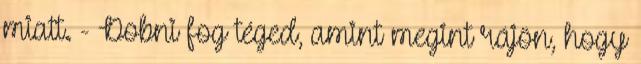
miatt. - Dobni fog téged, amint megint rájön, hogy